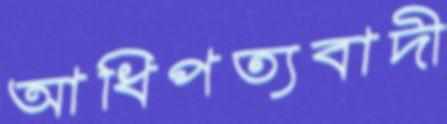
আধিপত্যবাদী